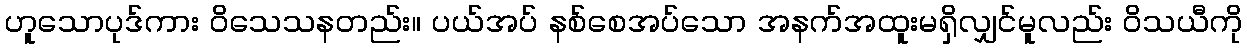
ဟူသောပုဒ်ကား ဝိသေသနတည်း။ ပယ်အပ် နစ်စေအပ်သော အနက်အထူးမရှိလျှင်မူလည်း ဝိသယီကို